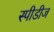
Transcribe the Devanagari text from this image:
स्पीडीज